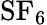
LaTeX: {\mathrm{SF}}_{6}